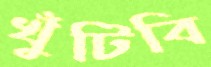
খুঁটিবি